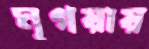
মৃগয়ায়